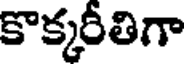
కొక్కరీతిగా